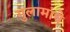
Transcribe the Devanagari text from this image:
गुलामांचे